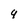
Character: 9